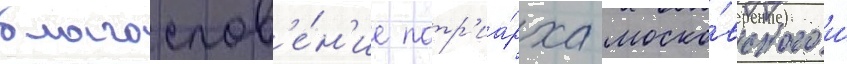
благослов'е́н'ие патр'иа́рха моско́вского и́